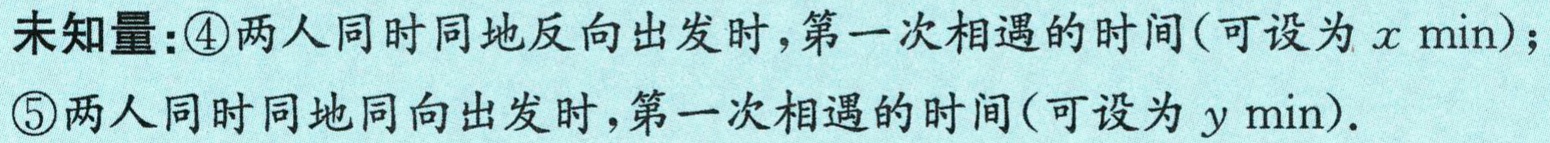
未知量：\textcircled{4}两人同时同地反向出发时，第一次相遇的时间(可设为\(x\) min)；
\textcircled{5}两人同时同地同向出发时，第一次相遇的时间(可设为\(y\) min)。